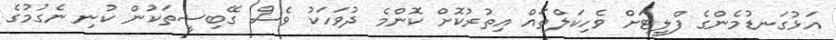
އަޅުގަނޑުމެންގެ ފްލީޓަށް ވެހިކަލްތައް އިތުރުކޮށް ކޮންމެ ދުވަހަކު ވެސް ގޭބިސީތަކުން ކުނި ނެގުމުގެ